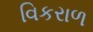
વિકરાળ